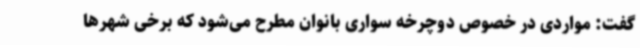
گفت: مواردی در خصوص دوچرخه سواری بانوان مطرح می‌شود که برخی شهرها